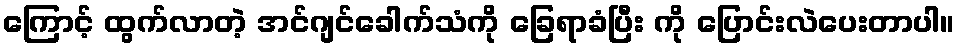
ကြောင့် ထွက်လာတဲ့ အင်ဂျင်ခေါက်သံကို ခြေရာခံပြီး ကို ပြောင်းလဲပေးတာပါ။